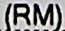
(RM)